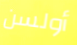
أولسن